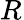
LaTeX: R^{}